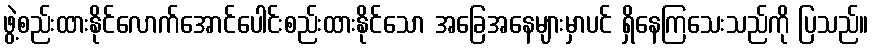
ဖွဲ့စည်းထားနိုင်လောက်အောင်ပေါင်းစည်းထားနိုင်သော အခြေအနေများမှာပင် ရှိနေကြသေးသည်ကို ပြသည်။